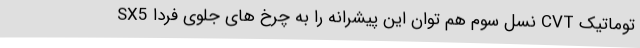
توماتیک CVT نسل سوم هم توان این پیشرانه را به چرخ های جلوی فردا SX5